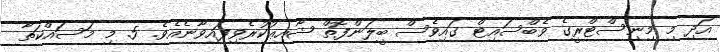
އަދި މި މިނިސްޓްރީގެ ވެބްސައިޓް ގައިވެސް ބީލަންފޮތް ޝާއިޢުކުރެވިފައިވާނެއެވެ. 5. މި މަސައްކަތާ